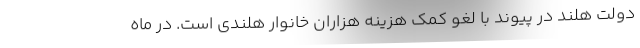
دولت هلند در پیوند با لغو کمک هزینه هزاران خانوار هلندی است. در ماه